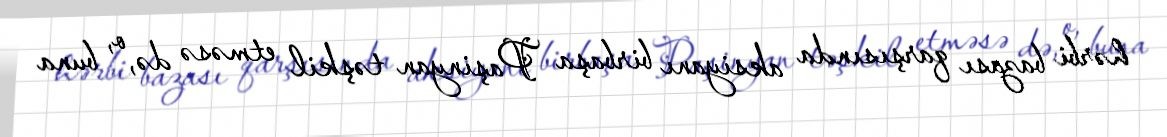
hərbi bazası qarşısında aksiyanı birbaşa Paşinyan təşkil etməsə də, o, buna